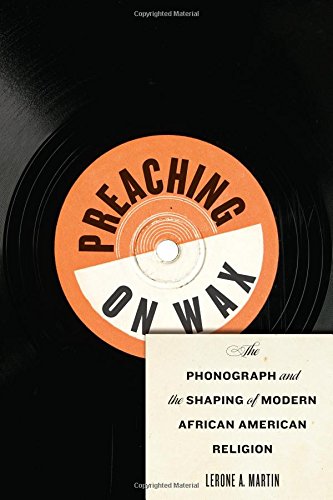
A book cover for Preaching on Wax: The Phonograph and the Shaping of Modern African American Religion (Religion, Race, and Ethnicity); Lerone A. Martin; Humor & Entertainment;